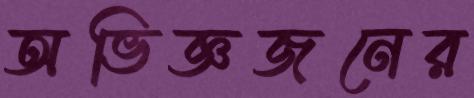
অভিজ্ঞজনের